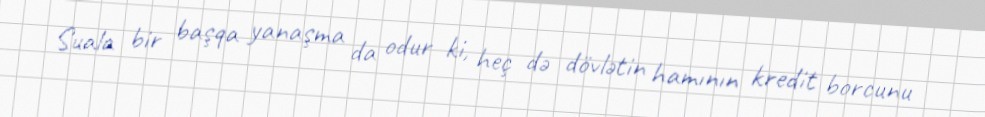
Suala bir başqa yanaşma da odur ki, heç də dövlətin hamının kredit borcunu